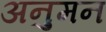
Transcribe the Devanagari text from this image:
अनुमन